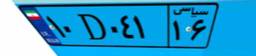
۲۲D۶۶۷۸۰